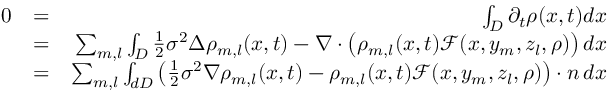
\begin{array} { r l r } { 0 } & { = } & { \int _ { D } \partial _ { t } \rho ( x , t ) d x } \\ & { = } & { \sum _ { m , l } \int _ { D } \frac { 1 } { 2 } \sigma ^ { 2 } \Delta \rho _ { m , l } ( x , t ) - \nabla \cdot \left( \rho _ { m , l } ( x , t ) \mathcal F ( x , y _ { m } , z _ { l } , \rho ) \right) d x } \\ & { = } & { \sum _ { m , l } \int _ { d D } \left( \frac { 1 } { 2 } \sigma ^ { 2 } \nabla \rho _ { m , l } ( x , t ) - \rho _ { m , l } ( x , t ) \mathcal F ( x , y _ { m } , z _ { l } , \rho ) \right) \cdot n \, d x } \end{array}